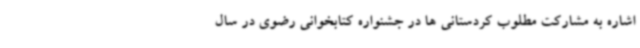
اشاره به مشارکت مطلوب کردستانی ها در جشنواره کتابخوانی رضوی در سال